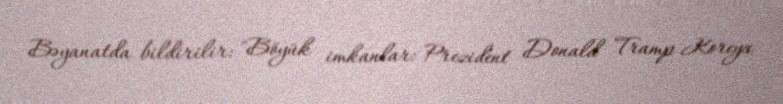
Bəyanatda bildirilir: "Böyük imkanlar: Prezident Donald Tramp Koreya